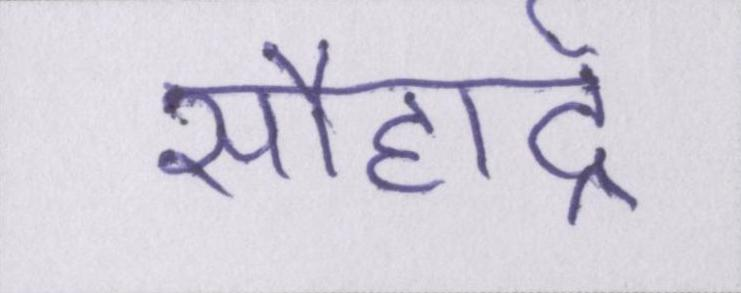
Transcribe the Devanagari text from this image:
सौहार्द्र